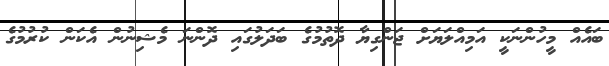
ބައެއް މީހުންނަކީ އަމިއްލަޔަށް ޖަންގިޔާ ދޮތުމުގެ ބަދަލުގައި ދޮންނަ މެޝިނުން އެކަން ކުރުމުގެ